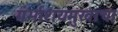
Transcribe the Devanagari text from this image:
गर्भाशयमुखाचा